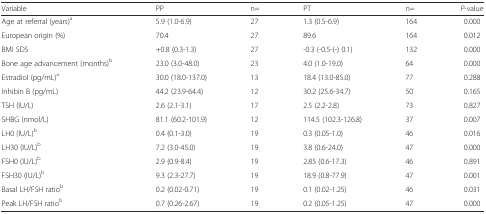
| Variable | PP | n= | PT | n= | P-value |
 | --- | --- | --- | --- | --- | --- |
 | Age at referral (years)a | 5.9 (1.0-6.9) | 27 | 1.3 (0.5-6.9) | 164 | 0.000 |
 | European origin (%) | 70.4 | 27 | 89.6 | 164 | 0.012 |
 | BMI SDS | +0.8 (0.3-1.3) | 27 | -0.3 (-0.5-(-) 0.1) | 132 | 0.000 |
 | Bone age advancement (months)b | 23.0 (3.0-48.0) | 23 | 4.0 (1.0-19.0) | 64 | 0.000 |
 | Estradiol (pg/mL)a | 30.0 (18.0-137.0) | 13 | 18.4 (13.0-85.0) | 77 | 0.288 |
 | Inhibin B (pg/mL) | 44.2 (23.9-64.4) | 12 | 30.2 (25.6-34.7) | 50 | 0.165 |
 | TSH (IU/L) | 2.6 (2.1-3.1) | 17 | 2.5 (2.2-2.8) | 73 | 0.827 |
 | SHBG (nmol/L) | 81.1 (60.2-101.9) | 12 | 114.5 (102.3-126.8) | 37 | 0.007 |
 | LH0 (IU/L)b | 0.4 (0.1-3.0) | 19 | 0.3 (0.05-1.0) | 46 | 0.016 |
 | LH30 (IU/L)b | 7.2 (3.0-45.0) | 19 | 3.8 (0.6-24.0) | 47 | 0.000 |
 | FSH0 (IU/L)b | 2.9 (0.9-8.4) | 19 | 2.85 (0.6-17.3) | 46 | 0.891 |
 | FSH30 (IU/L)b | 9.3 (2.3-27.7) | 19 | 18.9 (0.8-77.9) | 47 | 0.001 |
 | Basal LH/FSH ratiob | 0.2 (0.02-0.71) | 19 | 0.1 (0.02-1.25) | 46 | 0.031 |
 | Peak LH/FSH ratiob | 0.7 (0.26-2.67) | 19 | 0.2 (0.05-1.25) | 47 | 0.000 |